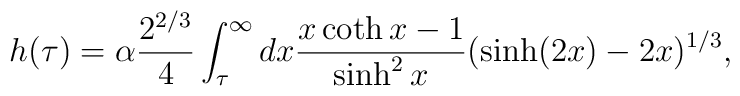
h(\tau) = \alpha \frac {2^{2/3}}{4} \int_{\tau}^{\infty} dx \frac {x \coth x -1}{\sinh^2 x}(\sinh(2x)-2x)^{1/3},